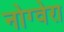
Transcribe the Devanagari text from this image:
नोग्वेरा